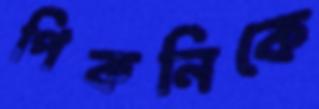
পিকনিকে